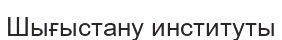
Шығыстану институты